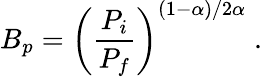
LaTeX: B_{p}=\left(\frac{P_{i}}{P_{f}}\right)^{(1-\alpha)/2\alpha}\; .